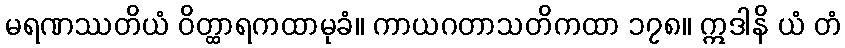
မရဏဿတိယံ ဝိတ္ထာရကထာမုခံ။ ကာယဂတာသတိကထာ ၁၇၈။ ဣဒါနိ ယံ တံ